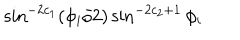
LaTeX: \sin ^ { - 2 c _ { 1 } } ( \phi _ { i } / 2 ) \sin ^ { - 2 c _ { 2 } + 1 } \phi _ { i }